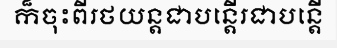
ក៏ចុះពីរថយន្តជាបន្តើរជាបន្តើ